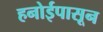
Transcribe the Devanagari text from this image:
हनोईपासून